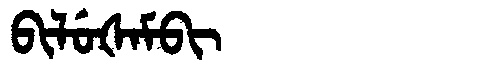
Manchu: ᠪᡳᠯᡠᡧᠠᠮᠪᡳ
Romanization: BILUŠAMBI